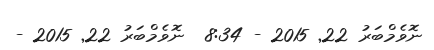
ނޮވެމްބަރު 22